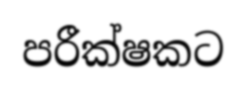
පරීක්ෂකට